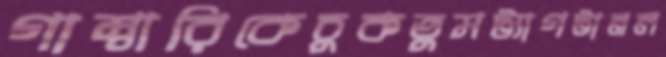
গাম্বারিকেচুকতুমট্যাগটানল